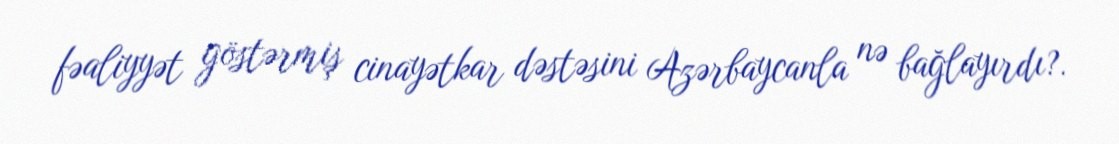
fəaliyyət göstərmiş cinayətkar dəstəsini Azərbaycanla nə bağlayırdı?.